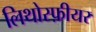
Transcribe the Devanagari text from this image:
लिथोस्फ़ीयर